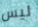
ليس